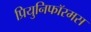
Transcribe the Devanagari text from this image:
प्रियुनिफॉरमस